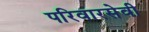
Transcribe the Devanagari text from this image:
परिवारसेवी